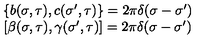
\begin{array} { c c } { \left\{ b ( \sigma , \tau ) , c ( { \sigma } ^ { \prime } , \tau ) \right\} = 2 \pi \delta ( \sigma - { \sigma } ^ { \prime } ) } & { } \\ { \left[ \beta ( \sigma , \tau ) , \gamma ( { \sigma } ^ { \prime } , \tau ) \right] = 2 \pi \delta ( \sigma - { \sigma } ^ { \prime } ) } & { } \\ \end{array}